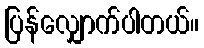
ပြန်လျှောက်ပါတယ်။